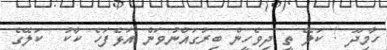
ހާމިދޫ ! ކަލޭ ތީ ދިވެހީން ބިރުގައްނުވަން އަޅެފަހެ ކާކު  ކަލޭގެ